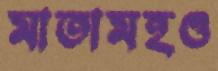
মাতামহও